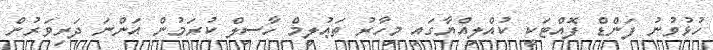
ހުޅުވުނު ފަންޑް ފޮއްޓަކީ ކުއްލިއްޔާގައި މިހާރު ތަޢުލީމް ހާސިލް ކުރަމުން އަންނަ ދަރިވަރުން